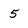
Character: 5